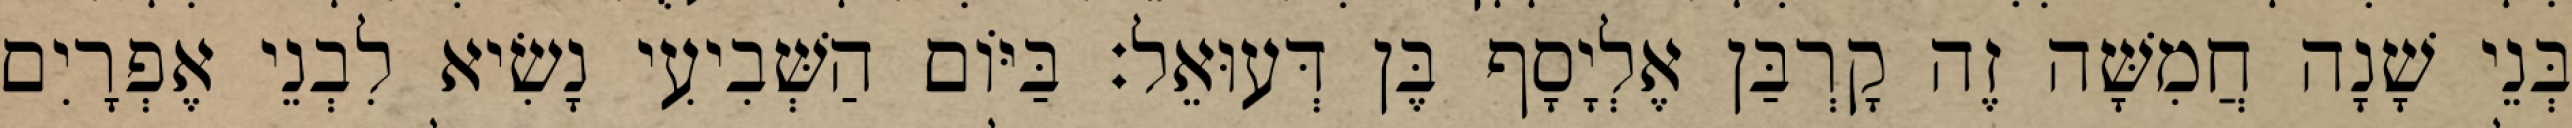
בְּנֵי שָׁנָה חֲמִשָּׁה זֶה קָרְבַּן אֶלְיָסָף בֶּן דְּעוּאֵל׃ בַּיּוֹם הַשְּׁבִיעִי נָשִׂיא לִבְנֵי אֶפְרָיִם